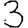
Digit: 3